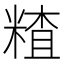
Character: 𥻗